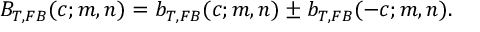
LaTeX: B _ { T , F B } ( c ; m , n ) = b _ { T , F B } ( c ; m , n ) \pm b _ { T , F B } ( - c ; m , n ) .